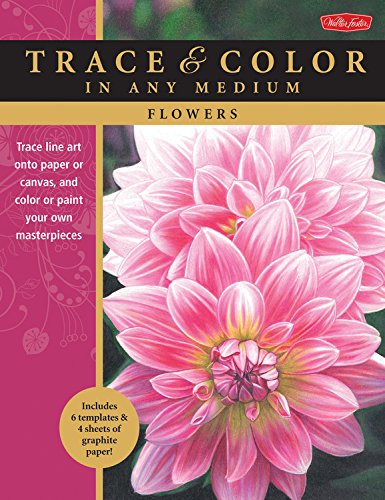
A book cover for Flowers: Trace line art onto paper or canvas, and color or paint your own masterpieces (Trace & Color); Cynthia Knox; Arts & Photography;